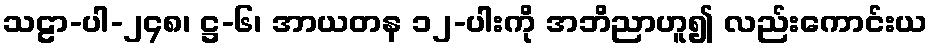
သဠာ-ပါ-၂၄၈၊ ဋ္ဌ-၆၊ အာယတန ၁၂-ပါးကို အဘိညာဟူ၍ လည်းကောင်းယ